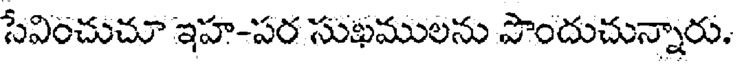
సేవించుచూ ఇహ-పర సుఖములను పొందుచున్నారు.